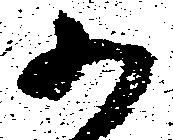
か